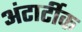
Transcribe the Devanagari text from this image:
अंटार्टीक